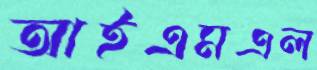
আইএমএল